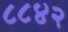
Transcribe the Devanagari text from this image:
८८४२